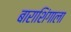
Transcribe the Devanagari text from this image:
बाराशिंगाला